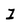
Character: I